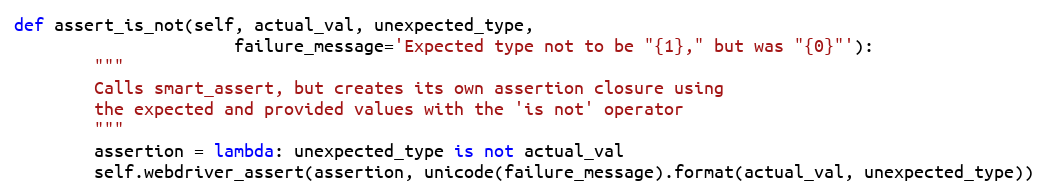
Language: Python
def assert_is_not(self, actual_val, unexpected_type,
                      failure_message='Expected type not to be "{1}," but was "{0}"'):
        """
        Calls smart_assert, but creates its own assertion closure using
        the expected and provided values with the 'is not' operator
        """
        assertion = lambda: unexpected_type is not actual_val
        self.webdriver_assert(assertion, unicode(failure_message).format(actual_val, unexpected_type))